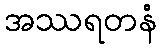
အဿရတနံ